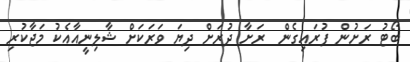
ބޯޓު ރަށުން ފުރައިގެން  ރަށާ ދުރަށް ދިޔަ ވަރަކަށް ޝާލިނީއާއެކު މަޖާކުރި